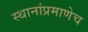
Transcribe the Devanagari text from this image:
स्थानांप्रमाणेच